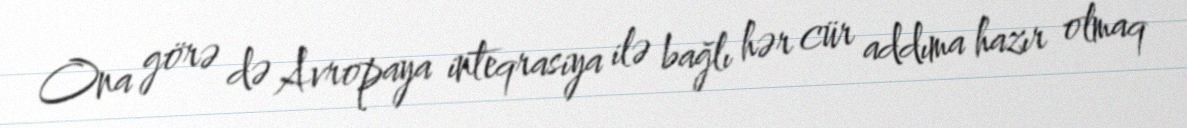
Ona görə də Avropaya inteqrasiya ilə bağlı hər cür addıma hazır olmaq